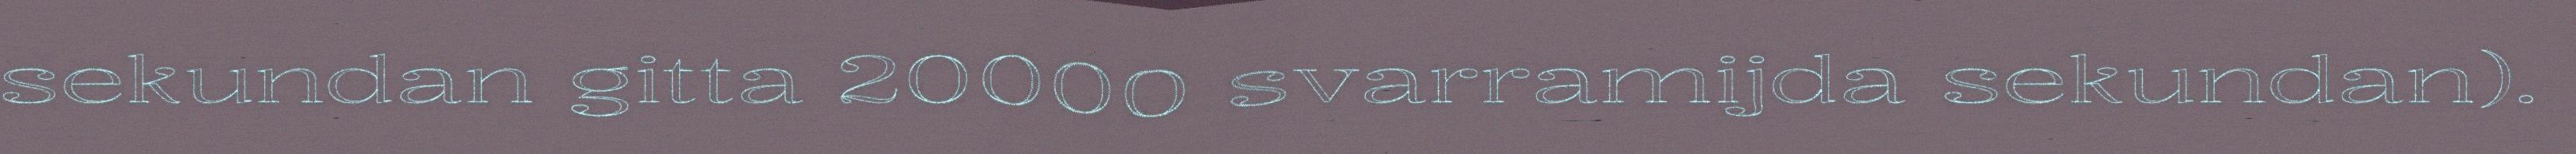
sekundan gitta 20000 svarramijda sekundan).